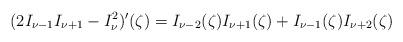
LaTeX: \begin{align*}(2 I_{\nu-1}I_{\nu+1}-I_\nu^2)'(\zeta )=I_{\nu-2}(\zeta )I_{\nu+1}(\zeta )+I_{\nu-1}(\zeta )I_{\nu+2}(\zeta )\end{align*}